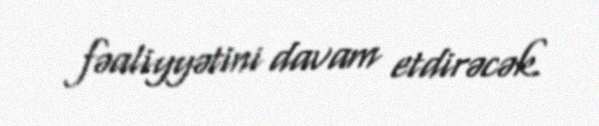
fəaliyyətini davam etdirəcək.